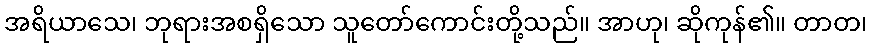
အရိယာသေ၊ ဘုရားအစရှိသော သူတော်ကောင်းတို့သည်။ အာဟု၊ ဆိုကုန်၏။ တာတ၊